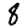
Digit: 8